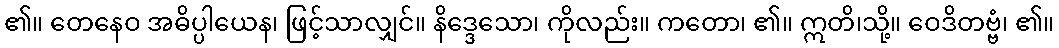
၏။ တေနေဝ အဓိပ္ပါယေန၊ ဖြင့်သာလျှင်။ နိဒ္ဒေသော၊ ကိုလည်း။ ကတော၊ ၏။ ဣတိ၊သို့။ ဝေဒိတဗ္ဗံ၊ ၏။